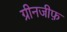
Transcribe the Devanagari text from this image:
ग्रीनजीफ़